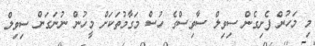
މި މަހުން ފެށިގެން ސިވިލް ސާވިސްގެ ހުސް މަގާމުތަކަށް މީހުން ނުނަގަން ސިވިލް